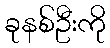
ခုနစ်ဦးကို